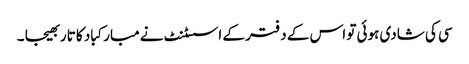
سی کی شادی ہوئی تو اس کے دفتر کے اسسٹنٹ نے مبارکباد کا تار بھیجا ۔